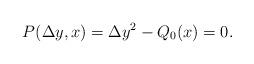
LaTeX: \begin{align*} P(\Delta y, x)=\Delta y^2-Q_0(x)=0.\end{align*}